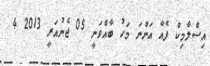
އިސްލާމިކް ފެއާ އަންނަ މަހު ބާއްވަނީ 05 ޖެނުއަރީ 2013 4